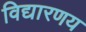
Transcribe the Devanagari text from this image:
विद्यारणय